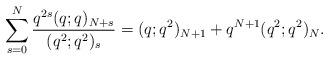
LaTeX: \begin{align*}\sum_{s=0}^N \frac{q^{2s} (q;q)_{N+s}}{(q^2;q^2)_s} =(q;q^2)_{N+1} + q^{N+1} (q^2;q^2)_N. \end{align*}